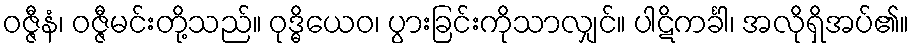
ဝဇ္ဇီနံ၊ ဝဇ္ဇီမင်းတို့သည်။ ဝုဒ္ဓိယေဝ၊ ပွားခြင်းကိုသာလျှင်။ ပါဋိကင်္ခါ၊ အလိုရှိအပ်၏။